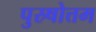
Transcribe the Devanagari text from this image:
पुस्र्षोत्तम